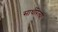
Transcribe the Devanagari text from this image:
सार्थरित्या